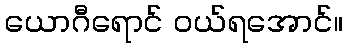
ယောဂီရောင် ဝယ်ရအောင်။